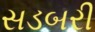
સડબરી